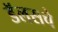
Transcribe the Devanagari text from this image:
डॅलसचे